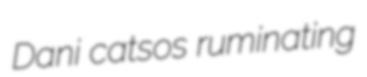
Dani catsos ruminating